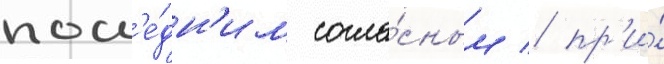
посл'е́дн'им согла́сным / пр'и́